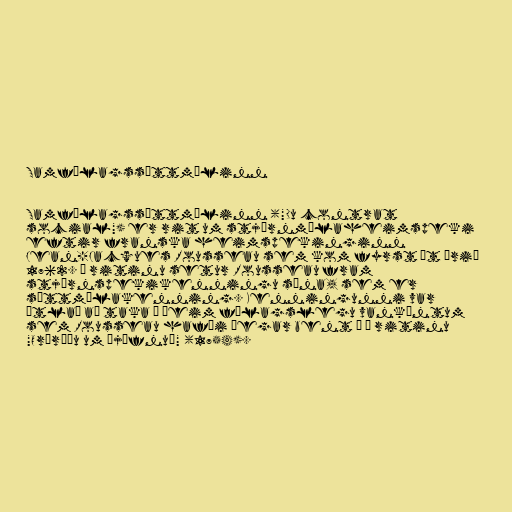
Samfélagssáttmálinn

Samfélagssáttmálinn ("Du contrat
social") er rit um stjórnmálaheimspeki
eftir franska heimspekinginn
Jean-Jacques Rousseau sem kom fyrst út árið
1762. Í ritinu setur Rousseau fram
stjórnspekikenningu sína, sem er
sáttmálakenning. Kenningunni var
ætlað að taka á þeim félagslegu vanköntum
sem Rousseau hafði þegar bent á í ritinu
"Orðræðu um ójöfnuð" (1754).